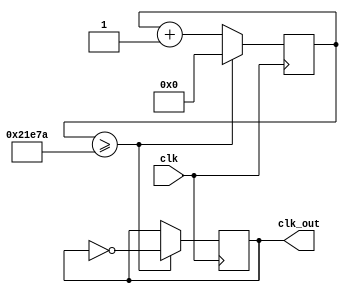
module clk_divider(
    input clk,
    output reg clk_out
);
    // we want 60hz, if clock is 33.33MHz we divide this value by 60 * 4 to reduce flicker
    localparam di = 138875; // 33.33 MHz * 1 second -> faster: divide this value
    reg [31:0] counter;  
    always @(posedge clk)
    begin
        if (counter >= di - 1) begin
            counter <= 0;
            clk_out <= ~clk_out; // toggle clk_out every di clock cycles
        end else begin
            counter <= counter + 1;
        end
    end
endmodule